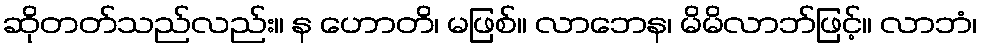
ဆိုတတ်သည်လည်း။ န ဟောတိ၊ မဖြစ်။ လာဘေန၊ မိမိလာဘ်ဖြင့်။ လာဘံ၊